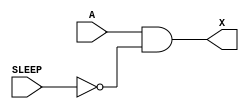
module sky130_fd_sc_hdll__inputiso0p (
    X    ,
    A    ,
    SLEEP
);

    // Module ports
    output X    ;
    input  A    ;
    input  SLEEP;

    // Local signals
    wire sleepn;

    //  Name  Output  Other arguments
    not not0 (sleepn, SLEEP          );
    and and0 (X     , A, sleepn      );

endmodule